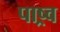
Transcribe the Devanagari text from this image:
पाष्र्व